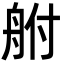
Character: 䑧